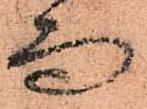
而